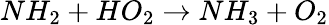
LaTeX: NH_{2}+HO_{2}\rightarrow NH_{3}+O_{2}